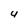
Character: U